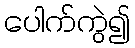
ပေါက်ကွဲ၍